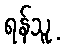
ရန်သူ့